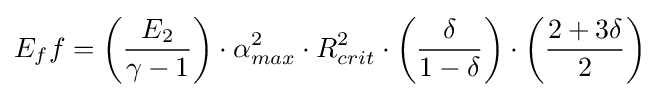
E_{f}f=\left({\frac {E_{2}}{\gamma -1}}\right)\cdot \alpha _{max}^{2}\cdot R_{crit}^{2}\cdot \left({\frac {\delta }{1-\delta }}\right)\cdot \left({\frac {2+3\delta }{2}}\right)